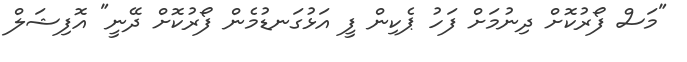
"މަސް ފޯރުކޮށް ދިނުމަށް ފަހު ޕެކިން ފީ އަޅުގަނޑުމެން ފޯރުކޮށް ދޭނީ" އޮފިޝަލް